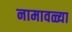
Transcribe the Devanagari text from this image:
नामावळ्या